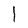
Character: l